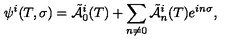
\psi ^ { i } ( T , \sigma ) = \tilde { \cal A } \vphantom { \cal A } _ { 0 } ^ { i } ( T ) + \sum _ { n \not = 0 } \tilde { \cal A } \vphantom { \cal A } _ { n } ^ { i } ( T ) e ^ { i n \sigma } ,